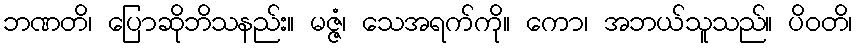
ဘဏတိ၊ ပြောဆိုဘိသနည်း။ မဇ္ဇံ၊ သေအရက်ကို။ ကော၊ အဘယ်သူသည်။ ပိဝတိ၊